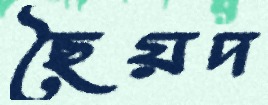
ছৈয়দ